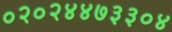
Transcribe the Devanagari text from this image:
०२०२४४७३३०४